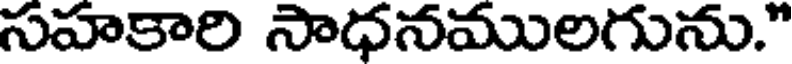
సహకారి సాధనములగును."